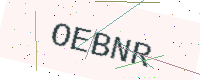
Text: OEBNR